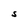
Character: S